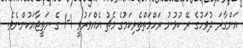
އަންގާރަ ދުވަހުގެ ރޭ ކުޅުނު ރަހްމަތްތެރިކަމުގެ މެޗު އެއްވަރުވީ 1-1 ގެ ނަތީޖާއަކުންނެވެ.